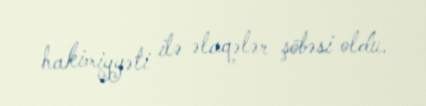
hakimiyyəti ilə əlaqələr şöbəsi oldu.